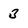
Character: 3